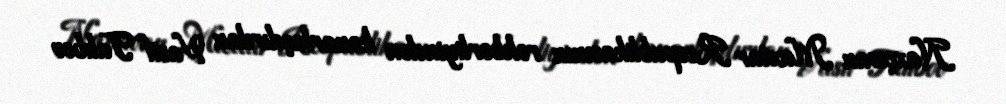
Naxçıvan Muxtar Respublikasının rəhbərliyindən kənarlaşdırılan Vasif Talıbov